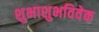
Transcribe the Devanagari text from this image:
शुभाशुभविवेक